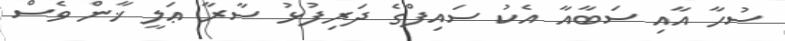
ސުހާ އާއި ސަބާއާ އެކު ސައިފްގެ ދަރިފުޅު ސާރާ ޢަލީ ޚާން ވެސް